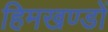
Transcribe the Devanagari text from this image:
हिमखण्डों